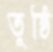
তুষ্ঠি